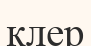
клер